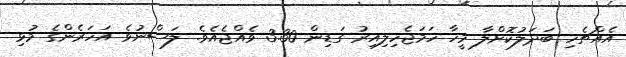
އެއްޗެހި ބަދަލުކޮށްލާ މީހާ ހަމަޖެހިލިއިރު ގަޑިން 3.30 ވެއްޖެއެވެ. ލަސްނުވެ އަހަރެންގެ މުޅި